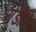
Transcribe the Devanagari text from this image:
गेडाम